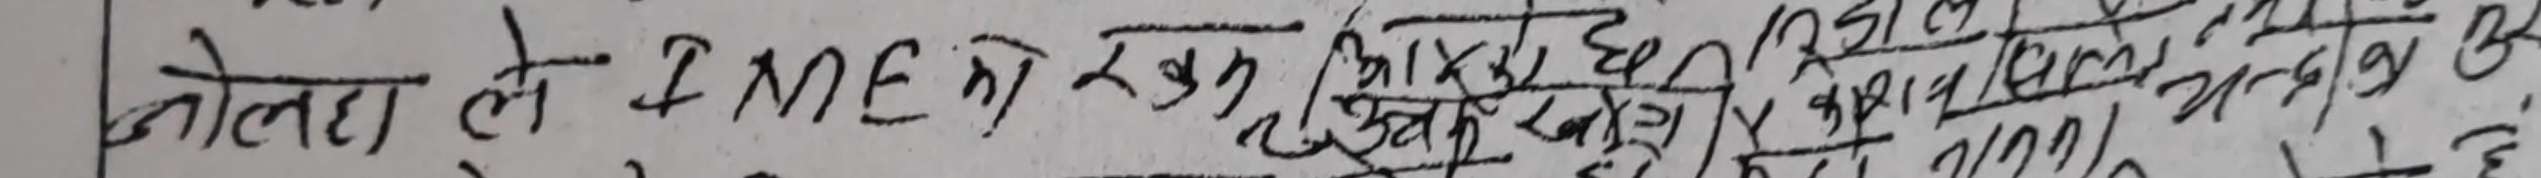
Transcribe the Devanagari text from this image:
जोतेला ले IME को रुप भित्र छापेका कागजात भएका छन् ।